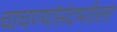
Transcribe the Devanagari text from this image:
चाचण्यांसंदर्भातला